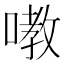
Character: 嘋